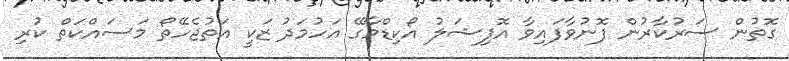
ގޮތުން ސަރުކާރުން ފޮނުވާފައިވާ އޮފިޝަލު އޯކިޑްމާގޭ އަހުމަދު ޒަކީ އަތުޖެހޭތޯ މަސައްކަތް ކުރި